Vaccination in the Punjab 1867-1880 - 1867-1880
Year: 1867
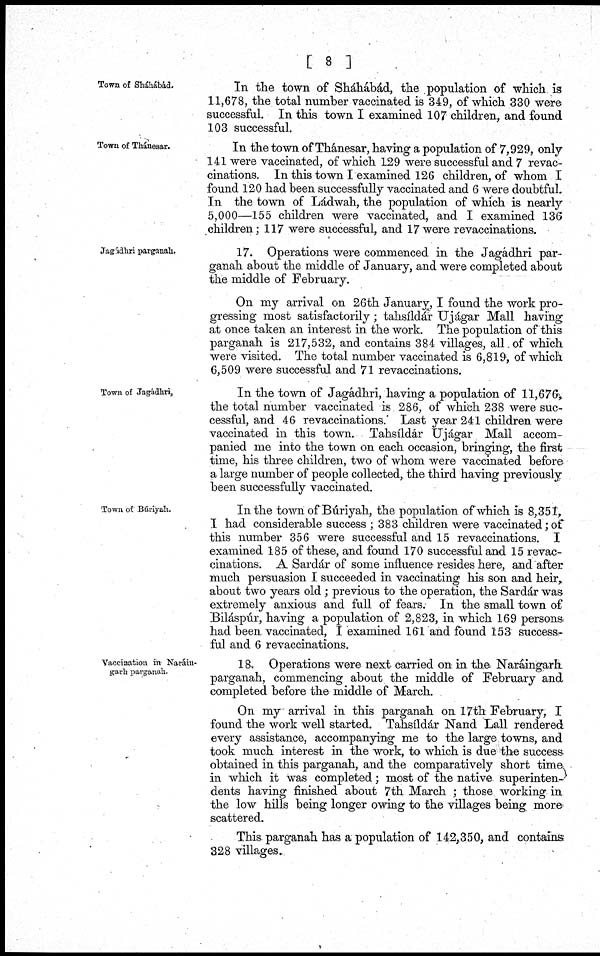
[ 8 ]
Town of Sháhábád.
In the town of Sháhábád, the population of which is
11,678, the total number vaccinated is 349, of which 330 were
successful. In this town I examined 107 children, and found
103 successful.
Town of Thánesar.
In the town of Thánesar, having a population of 7,929, only
141 were vaccinated, of which 129 were successful and 7 revac-
cinations. In this town I examined 126 children, of whom I
found 120 had been successfully vaccinated and 6 were doubtful.
In the town of Ládwah, the population of which is nearly
5,000—155 children were vaccinated, and I examined 136
children; 117 were successful, and 17 were revaccinations.
Jagádhri parganah.
17. Operations were commenced in the Jagádhri par-
ganah about the middle of January, and were completed about
the middle of February.
On my arrival on 26th January, I found the work pro-
gressing most satisfactorily; tahsíldár Ujágar Mall having
at once taken an interest in the work. The population of this
parganah is 217,532, and contains 384 villages, all of which
were visited. The total number vaccinated is 6,819, of which
6,509 were successful and 71 revaccinations.
Town of Jagádhri,
In the town of Jagádhri, having a population of 11,676,
the total number vaccinated is 286, of which 238 were suc-
cessful, and 46 revaccinations. Last year 241 children were
vaccinated in this town. Tahsíldár Ujágar Mall accom-
panied me into the town on each occasion, bringing, the first
time, his three children, two of whom were vaccinated before.
a large number of people collected, the third having previously
been successfully vaccinated.
Town of Búriyah.
In the town of Búriyah, the population of which is 8,351,
I had considerable success ; 383 children were vaccinated; of
this number 356 were successful and 15 revaccinations. I
examined 185 of these, and found 170 successful and 15 revac-
cinations. A Sardár of some influence resides here, and after
much persuasion I succeeded in vaccinating his son and heir,
about two years old ; previous to the operation, the Sardár was
extremely anxious and full of fears. In the small town of
Biláspúr, having a population of 2,823, in which 169 persons
had been vaccinated, I examined 161 and found 153 success-
ful and 6 revaccinations.
Vaccination in Naráin-
garh parganah.
18. Operations were next carried on in the Naráingarh
parganah, commencing about the middle of February and
completed before the middle of March.
On my arrival in this parganah on 17th February, I
found the work well started. Tahsíldár Nand Lall rendered
every assistance, accompanying me to the large towns, and
took much interest in the work, to which is due the success
obtained in this parganah, and the comparatively short time
in which it was completed; most of the native superinten-
dents having finished about 7th March ; those working in
the low hills being longer owing to the villages being more
scattered.
This parganah has a population of 142,350, and contains
328 villages.